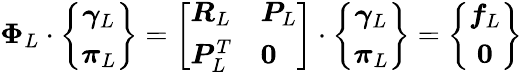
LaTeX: \boldsymbol{\Phi}_{L}\cdot\left\{ \begin{array}{c}{\boldsymbol{\gamma}_{L}}\\ {\boldsymbol{\pi}_{L}}\end{array}\right\} =\left[\begin{array}{ll}{\boldsymbol{R}_{L}}&{\boldsymbol{P}_{L}}\\ {\boldsymbol{P}_{L}^{T}}&{\boldsymbol{0}}\end{array}\right]\cdot\left\{ \begin{array}{c}{\boldsymbol{\gamma}_{L}}\\ {\boldsymbol{\pi}_{L}}\end{array}\right\} =\left\{ \begin{array}{c}{\boldsymbol{f}_{L}}\\ {\boldsymbol{0}}\end{array}\right\}